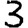
Digit: 3